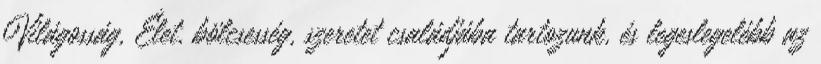
Világosság, Élet, bölcsesség, szeretet családjába tartozunk, és legeslegelébb az